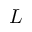
L